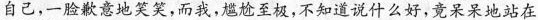
自己，一脸歉意地笑笑，而我，尴尬至极，不知道说什么好，竟呆呆地站在